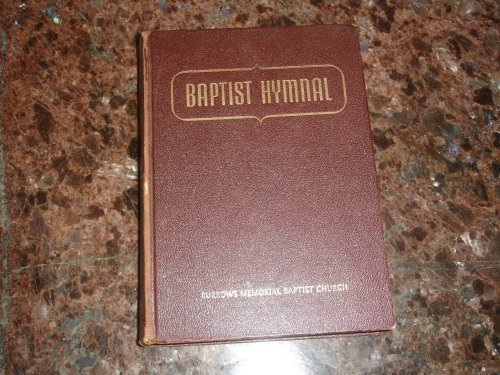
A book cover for Baptist Hymnal; Christian Books & Bibles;